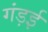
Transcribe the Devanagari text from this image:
गंड़ई